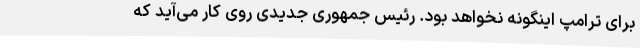
برای ترامپ اینگونه نخواهد بود. رئیس جمهوری جدیدی روی کار می‌آید که